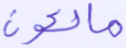
مالكون